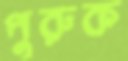
পুরুক